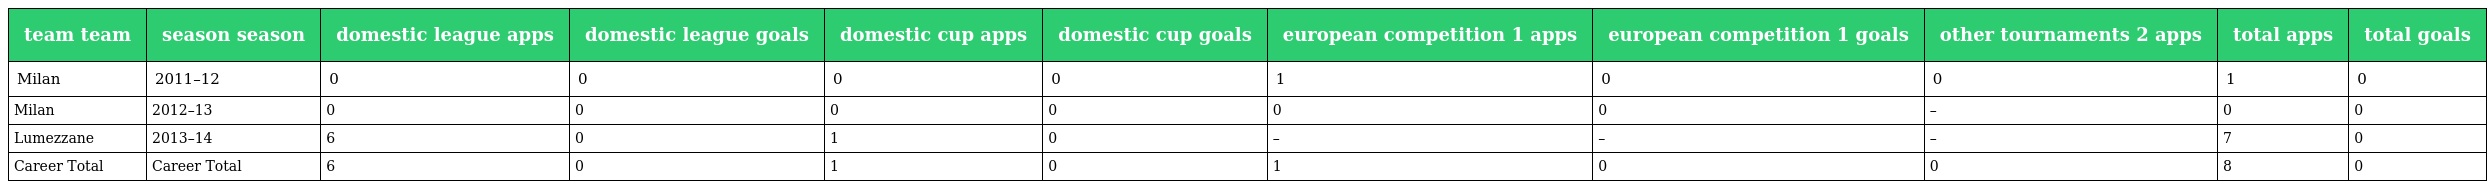
| team team | season season | domestic league apps | domestic league goals | domestic cup apps | domestic cup goals | european competition 1 apps | european competition 1 goals | other tournaments 2 apps | total apps | total goals |
 | --- | --- | --- | --- | --- | --- | --- | --- | --- | --- | --- |
 | Milan | 2011–12 | 0 | 0 | 0 | 0 | 1 | 0 | 0 | 1 | 0 |
 | Milan | 2012–13 | 0 | 0 | 0 | 0 | 0 | 0 | – | 0 | 0 |
 | Lumezzane | 2013–14 | 6 | 0 | 1 | 0 | – | – | – | 7 | 0 |
 | Career Total | Career Total | 6 | 0 | 1 | 0 | 1 | 0 | 0 | 8 | 0 |